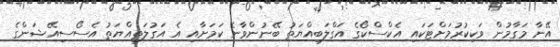
އޭނާ މަގާމުން ވަކިކުރުމަށްޓަކައި އެކްސްކޯގެ އަގްލަބިއްޔަތު ބޭނުންވާނެ ކަމަށާއި އެ އަގުލަތިއްޔަތު އެސޯސިއޭޝަންގެ